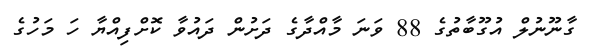
ގާނޫނުލް އުގޫބާތުގެ 88 ވަނަ މާއްދާގެ ދަށުން ދައުވާ ކޮށްފިއްޔާ ހަ މަހުގެ